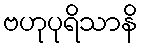
ဗဟုပုရိသာနိ